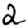
Digit: 2